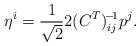
\begin{align*}\eta^{i}=\frac{1}{\sqrt{2}}2(C^{T})^{\!-\!1}_{ij}p^{j}.\end{align*}